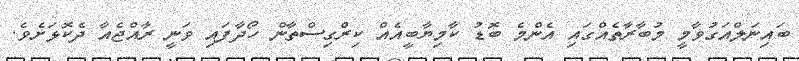
ބައިނަލްއަގުވާމީ މުބާރާތެއްގައި އެންމެ ބޮޑު ކާމިޔާބީއެއް ކިރްގިސްތާން ހޯދާފައި ވަނީ ރާއްޖެއާ ދެކޮޅަށެވެ.